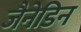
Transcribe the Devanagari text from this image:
जैनेडिन